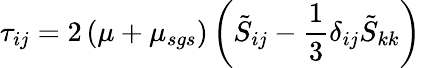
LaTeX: {\tau}_{ij}=2\left(\mu+{\mu}_{sgs}\right)\left(\tilde{S}_{ij}-\frac{1}{3}\delta_{ij}\tilde{S}_{kk}\right)\,